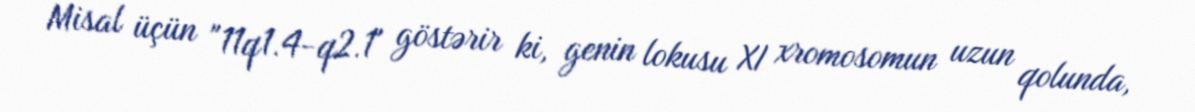
Misal üçün "11q1.4-q2.1" göstərir ki, genin lokusu XI xromosomun uzun qolunda,